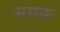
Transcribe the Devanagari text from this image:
मयक